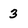
Character: 3